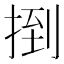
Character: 捯